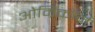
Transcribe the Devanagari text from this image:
ओम्रिकॉर्न